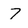
Character: 7